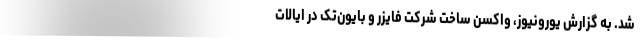
شد. به گزارش یورونیوز، واکسن ساخت شرکت فایزر و بایون‌تک در ایالات